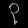
Digit: ၃